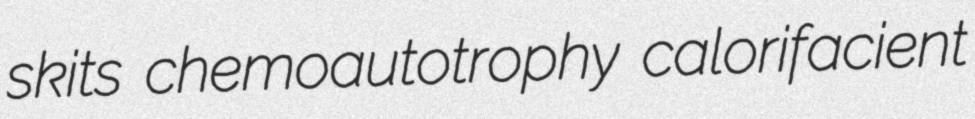
skits chemoautotrophy calorifacient